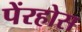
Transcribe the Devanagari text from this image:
पेंरहोस